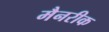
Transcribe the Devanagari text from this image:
मैनरीक